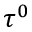
\tau ^ { 0 }